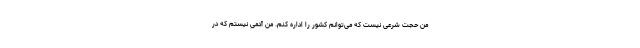
من حجت شرعی نیست که می‌توانم کشور را اداره کنم. من آدمی نیستم که در